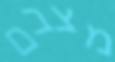
מצבם